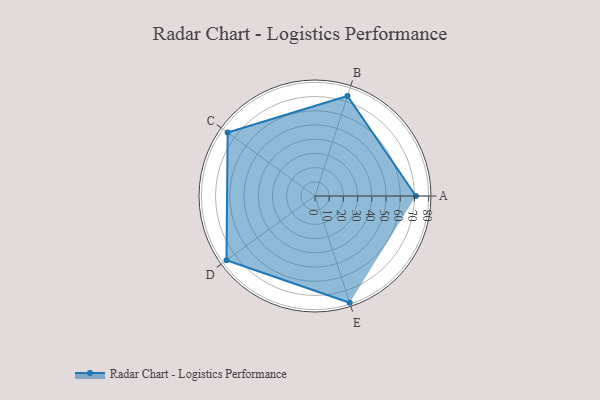
{"axis": {"x": "Skill", "y": "Score"}, "legend": ["Profile"], "data": [{"x": "A", "y": 71.0, "type": "Profile"}, {"x": "B", "y": 74.0, "type": "Profile"}, {"x": "C", "y": 76.0, "type": "Profile"}, {"x": "D", "y": 77.0, "type": "Profile"}, {"x": "E", "y": 79.0, "type": "Profile"}]}